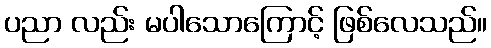
ပညာ လည်း မပါသောကြောင့် ဖြစ်လေသည်။